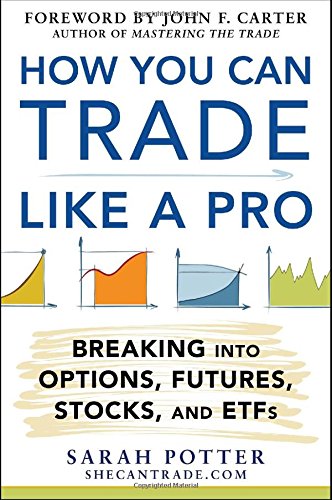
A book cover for How You Can Trade Like a Pro: Breaking into Options, Futures, Stocks, and ETFs; Sarah Potter; Business & Money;